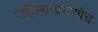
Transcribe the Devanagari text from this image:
पहिल्याप्रमाणेच